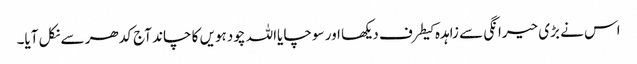
اس نے بڑی حیرانگی سے زاہدہ کیطرف دیکھا اور سوچا یااللہ چودہویں کا چاند آج کدھر سے نکل آیا۔